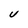
Character: U